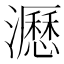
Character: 𤃉